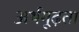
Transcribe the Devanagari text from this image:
अर्थगूढ़ता